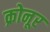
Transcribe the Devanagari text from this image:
क्रोनूर